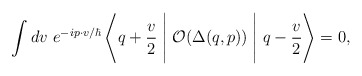
\begin{align*}\int dv~e^{-ip \cdot v/\hbar} \left< q+\frac{v}{2} \Biggm| {\cal O}(\Delta(q,p))\Biggm| q-\frac{v}{2} \right>=0,\end{align*}